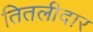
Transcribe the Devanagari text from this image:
तितलीदार